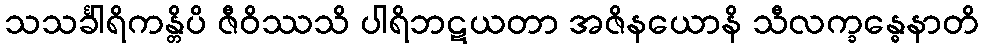
သသင်္ခါရိကန္တိပိ ဇီဝိဿသိ ပါရိဘဋယတာ အဇိနယောနိ သီလက္ခန္ဓေနာတိ